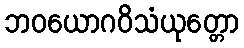
ဘဝယောဂဝိသံယုတ္တော